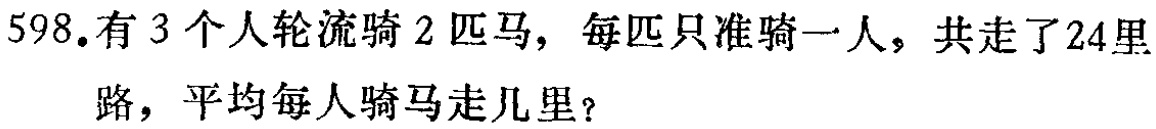
598.有3个人轮流骑2匹马，每匹只准骑一人，共走了24里路，平均每人骑马走几里？